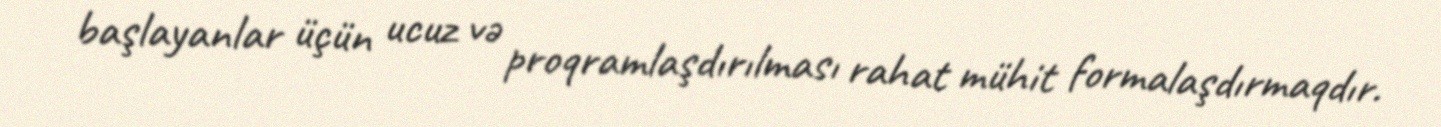
başlayanlar üçün ucuz və proqramlaşdırılması rahat mühit formalaşdırmaqdır.